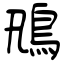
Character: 鳵